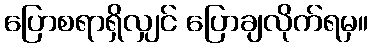
ပြောစရာရှိလျှင် ပြောချလိုက်ရမှ။